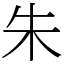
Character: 朱